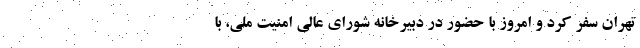
تهران سفر کرد و امروز با حضور در دبیرخانه شورای عالی امنیت ملی، با